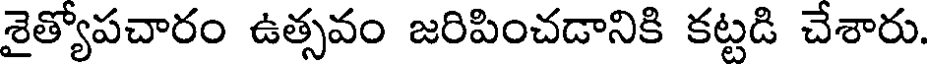
శైత్యోపచారం ఉత్సవం జరిపించడానికి కట్టడి చేశారు.